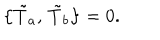
\bigl \{ \tilde { T } _ { a } , \, \tilde { T } _ { b } \bigr \} = 0 .